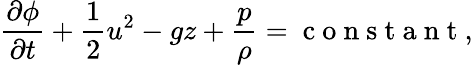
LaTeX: \frac{\partial\phi}{\partial t}+\frac{1}{2}u^{2}-gz+\frac{p}{\rho}=\mathrm{~c~o~n~s~t~a~n~t~},